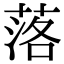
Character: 落